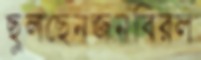
ছুলছেনজনবিরল